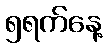
၅ရက်နေ့